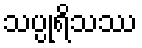
သပ္ပုရိသဿ